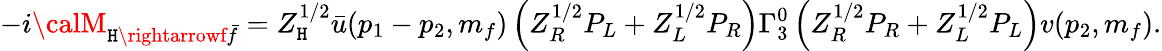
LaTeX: -i{\calM}_{\mathtt{H}\rightarrowf\bar{{f}}}=Z_{\mathtt{H}}^{1/2}\bar{{u}}(p_{1}-p_{2},m_{f})\left(Z_{R}^{1/2}P_{L}+Z_{L}^{1/2}P_{R}\right)\Gamma_{3}^{0}\left(Z_{R}^{1/2}P_{R}+Z_{L}^{1/2}P_{L}\right)v(p_{2},m_{f}).